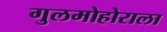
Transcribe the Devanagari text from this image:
गुलमोहोराला